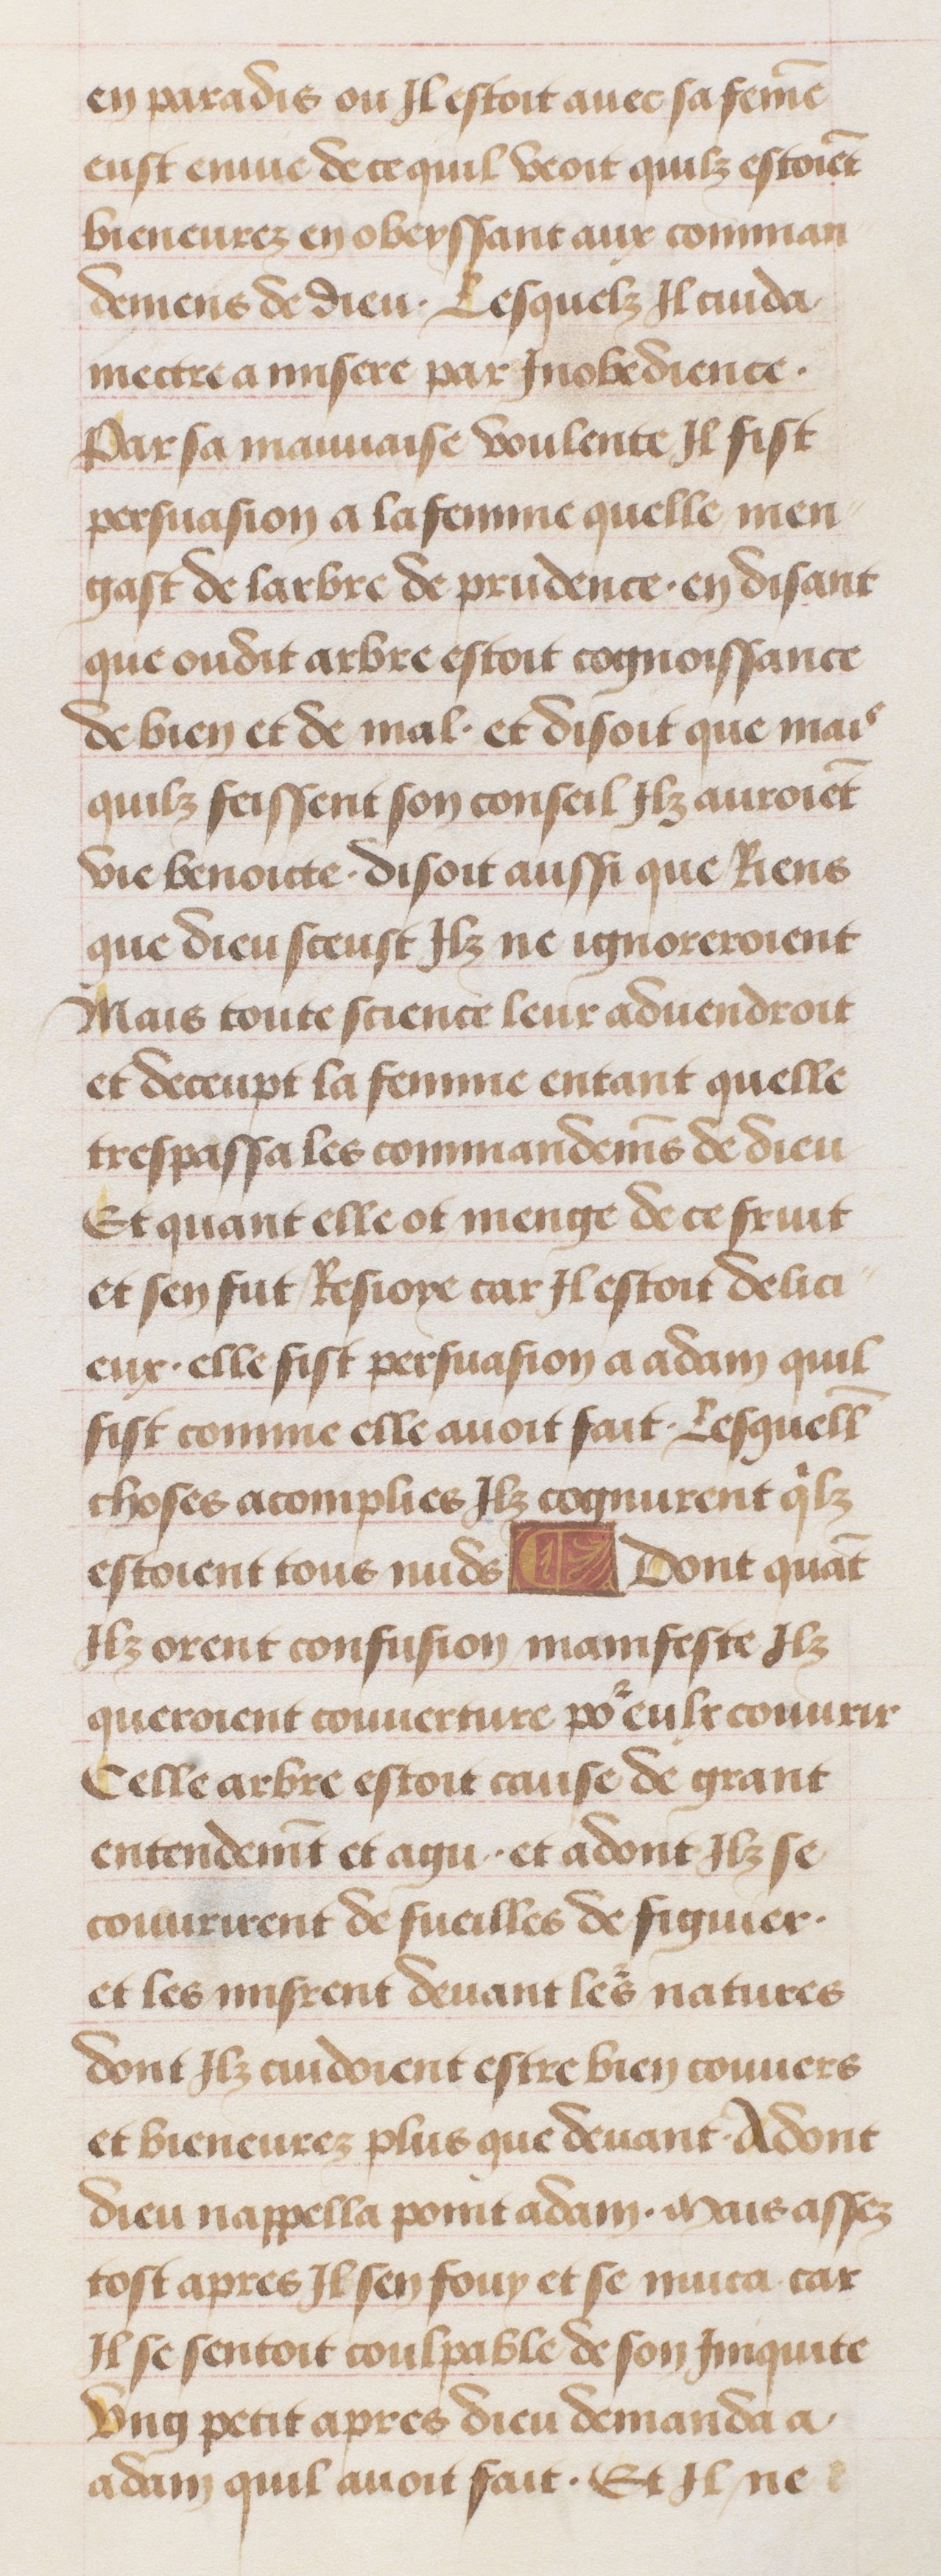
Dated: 1470–1499